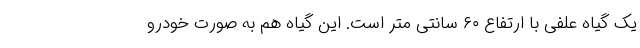
یک گیاه علفی با ارتفاع ۶۰ سانتی متر است. این گیاه هم به صورت خودرو